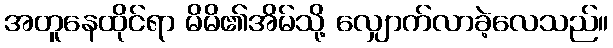
အတူနေထိုင်ရာ မိမိ၏အိမ်သို့ လျှောက်လာခဲ့လေသည်။